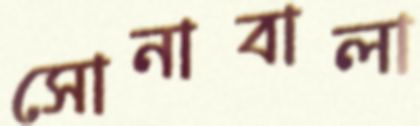
সোনাবালা